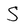
Character: S